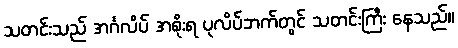
သတင်းသည် အင်္ဂလိပ် အစိုးရ ပုလိပ်ဘက်တွင် သတင်းကြီး နေသည်။